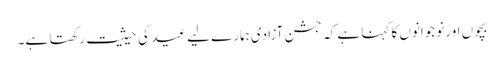
بچوں اور نوجوانوں کا کہنا ہے کہ جشن آزادی ہمارے لیے عید کی حیثیت رکھتا ہے۔